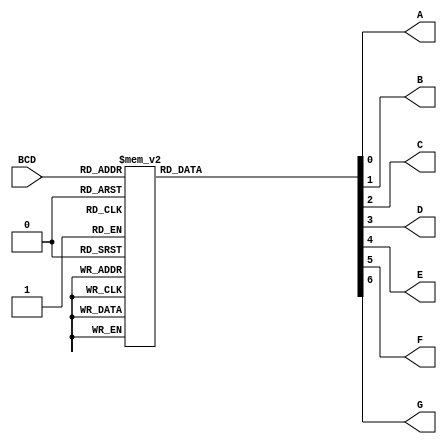
module bcd_to_seg( A,
                   B,
                   BCD,
                   C,
                   D,
                   E,
                   F,
                   G );

   /*******************************************************************************
   ** The inputs are defined here                                                **
   *******************************************************************************/
   input [3:0] BCD;

   /*******************************************************************************
   ** The outputs are defined here                                               **
   *******************************************************************************/
   output A;
   output B;
   output C;
   output D;
   output E;
   output F;
   output G;

   /*******************************************************************************
   ** The wires are defined here                                                 **
   *******************************************************************************/
   wire [6:0] s_logisimBus3;
   wire [3:0] s_logisimBus7;
   wire       s_logisimNet0;
   wire       s_logisimNet1;
   wire       s_logisimNet2;
   wire       s_logisimNet4;
   wire       s_logisimNet5;
   wire       s_logisimNet6;
   wire       s_logisimNet8;

   /*******************************************************************************
   ** The module functionality is described here                                 **
   *******************************************************************************/

   /*******************************************************************************
   ** Here all input connections are defined                                     **
   *******************************************************************************/
   assign s_logisimBus7[3:0] = BCD;

   /*******************************************************************************
   ** Here all output connections are defined                                    **
   *******************************************************************************/
   assign A = s_logisimBus3[0];
   assign B = s_logisimBus3[1];
   assign C = s_logisimBus3[2];
   assign D = s_logisimBus3[3];
   assign E = s_logisimBus3[4];
   assign F = s_logisimBus3[5];
   assign G = s_logisimBus3[6];

   /*******************************************************************************
   ** Here all in-lined components are defined                                   **
   *******************************************************************************/

   // ROM: ROM_1
   reg[6:0] s_ROM_1_reg;
      always @(*)
      begin
         case (s_logisimBus7)
         4'h0 : s_ROM_1_reg = {3'b011, 4'hF};
         4'h1 : s_ROM_1_reg = {3'b000, 4'h6};
         4'h2 : s_ROM_1_reg = {3'b101, 4'hB};
         4'h3 : s_ROM_1_reg = {3'b100, 4'hF};
         4'h4 : s_ROM_1_reg = {3'b110, 4'h6};
         4'h5 : s_ROM_1_reg = {3'b110, 4'hD};
         4'h6 : s_ROM_1_reg = {3'b111, 4'hD};
         4'h7 : s_ROM_1_reg = {3'b000, 4'h7};
         4'h8 : s_ROM_1_reg = {3'b111, 4'hF};
         4'h9 : s_ROM_1_reg = {3'b110, 4'hF};
         default : s_ROM_1_reg = {3'b000, 4'h0};
      endcase
   end

   assign s_logisimBus3 = s_ROM_1_reg;

endmodule